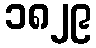
၁၈၂၉